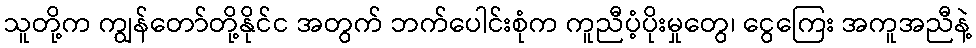
သူတို့က ကျွန်တော်တို့နိုင်င အတွက် ဘက်ပေါင်းစုံက ကူညီပံ့ပိုးမှုတွေ၊ ငွေကြေး အကူအညီနဲ့